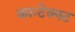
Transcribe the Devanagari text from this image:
कान्टेक्स्ट